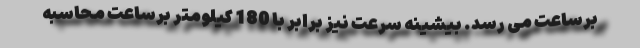
برساعت می رسد. بیشینه سرعت نیز برابر با 180 کیلومتر برساعت محاسبه